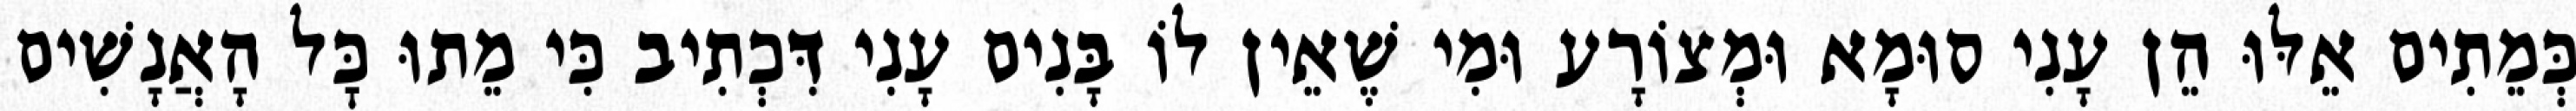
כְּמֵתִים אֵלּוּ הֵן עָנִי סוּמָא וּמְצוֹרָע וּמִי שֶׁאֵין לוֹ בָּנִים עָנִי דִּכְתִיב כִּי מֵתוּ כׇּל הָאֲנָשִׁים